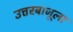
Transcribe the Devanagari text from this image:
उत्तरबाजूला